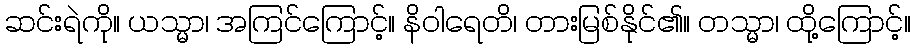
ဆင်းရဲကို။ ယသ္မာ၊ အကြင်ကြောင့်။ နိဝါရေတိ၊ တားမြစ်နိုင်၏။ တသ္မာ၊ ထို့ကြောင့်။